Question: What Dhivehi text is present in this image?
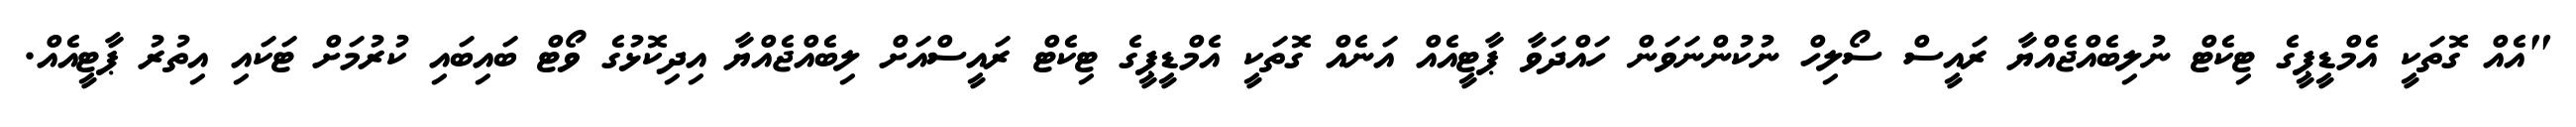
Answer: "އެއް ގޮތަކީ އެމްޑީޕީގެ ޓިކެޓް ނުލިބެއްޖެއްޔާ ރައީސް ސޯލިހް ނުކުންނަވަން ހައްދަވާ ޕާޓީއެއް އަނެއް ގޮތަކީ އެމްޑީޕީގެ ޓިކެޓް ރައީސްއަށް ލިބެއްޖެއްޔާ އިދިކޮޅުގެ ވޯޓް ބައިބައި ކުރުމަށް ޓަކައި އިތުރު ޕާޓީއެއް.